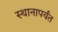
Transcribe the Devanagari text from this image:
स्थानापर्यंत